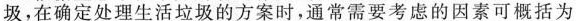
圾，在确定处理生活垃圾的方案时，通常需要考虑的因素可概括为